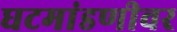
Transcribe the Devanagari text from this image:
घटमांडणीवर